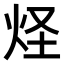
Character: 𤇂